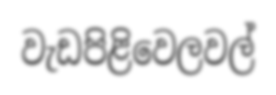
වැඩපිළිවෙලවල්